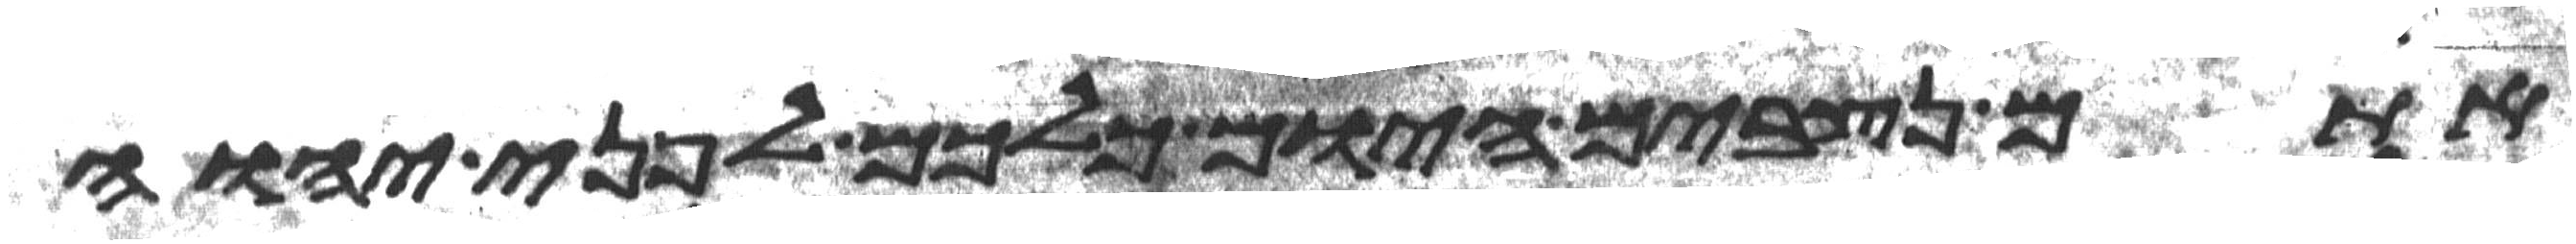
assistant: אתם נצבים היום כלכם לפני יהוה